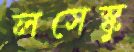
লসেস্কু